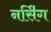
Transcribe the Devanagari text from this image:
नर्सि॑ग